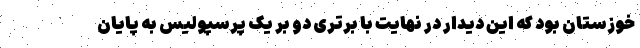
خوزستان بود که این دیدار در نهایت با برتری دو بر یک پرسپولیس به پایان